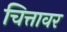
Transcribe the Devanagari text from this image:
चित्तावर